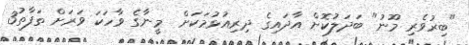
"ބިރުވެރި މޫނު" ބަދަލުކޮށް އާދައިގެ ދިރިއުޅުމަކަށް  މީނާގެ ވާހަކަ ވަރަށް ތަފާތު3